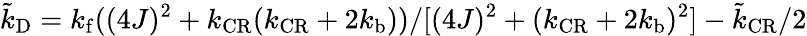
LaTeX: \tilde{k}_{\mathrm{D}}=k_{\mathrm{f}}((4J)^{2}+k_{\mathrm{CR}}(k_{\mathrm{CR}}+2k_{\mathrm{b}}))/[(4J)^{2}+(k_{\mathrm{CR}}+2k_{\mathrm{b}})^{2}]-\tilde{k}_{\mathrm{CR}}/2